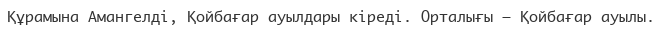
Құрамына Амангелді, Қойбағар ауылдары кіреді. Орталығы – Қойбағар ауылы.